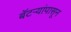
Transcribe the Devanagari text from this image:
बॅटर्‍यांपासून